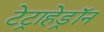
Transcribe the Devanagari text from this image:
टेट्राहेड्रॉन